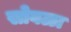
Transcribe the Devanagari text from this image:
सोवळा